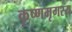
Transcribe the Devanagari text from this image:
कृष्णमृगस्य